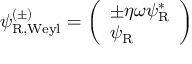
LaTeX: \psi _ { \mathrm { { R , W e y l } } } ^ { ( \pm ) } = { \left( \begin{array} { l } { \pm \eta \omega \psi _ { \mathrm { { R } } } ^ { * } } \\ { \psi _ { \mathrm { { R } } } } \end{array} \right) }